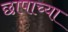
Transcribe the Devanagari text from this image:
छापाच्या